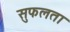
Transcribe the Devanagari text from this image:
सुफलता